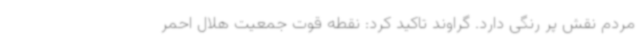
مردم نقش پر رنگی دارد. گراوند تاکید کرد: نقطه قوت جمعیت هلال احمر